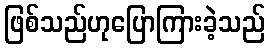
ဖြစ်သည်ဟုပြောကြားခဲ့သည်